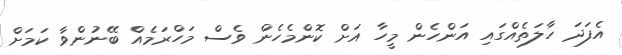
އެފަދަ ހާލަތެއްގައި އަންހެން މީހާ އަށް ކޮންމެހެން ވެސް މަހްރަމެއް ބޭނުންވާ ކަމަށް